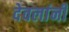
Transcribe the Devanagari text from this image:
देवलांनी